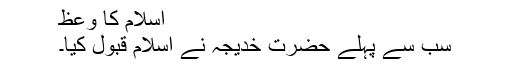
اسلام کا وعظ
سب سے پہلے حضرت خدیجہؓ نے اسلام قبول کیا۔